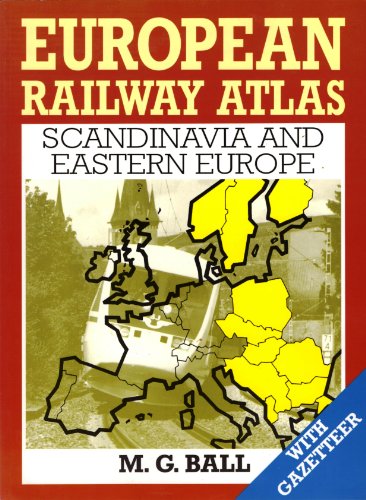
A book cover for European Railway Atlas: Scandinavia and Eastern Europe; M. G. Ball; Travel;